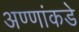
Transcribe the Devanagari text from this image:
अण्णांकडे